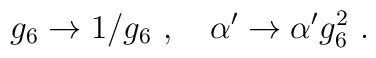
g_6 \rightarrow 1/g_6\ ,\quad\alpha' \rightarrow \alpha' g_6^2\ .